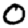
Digit: 0